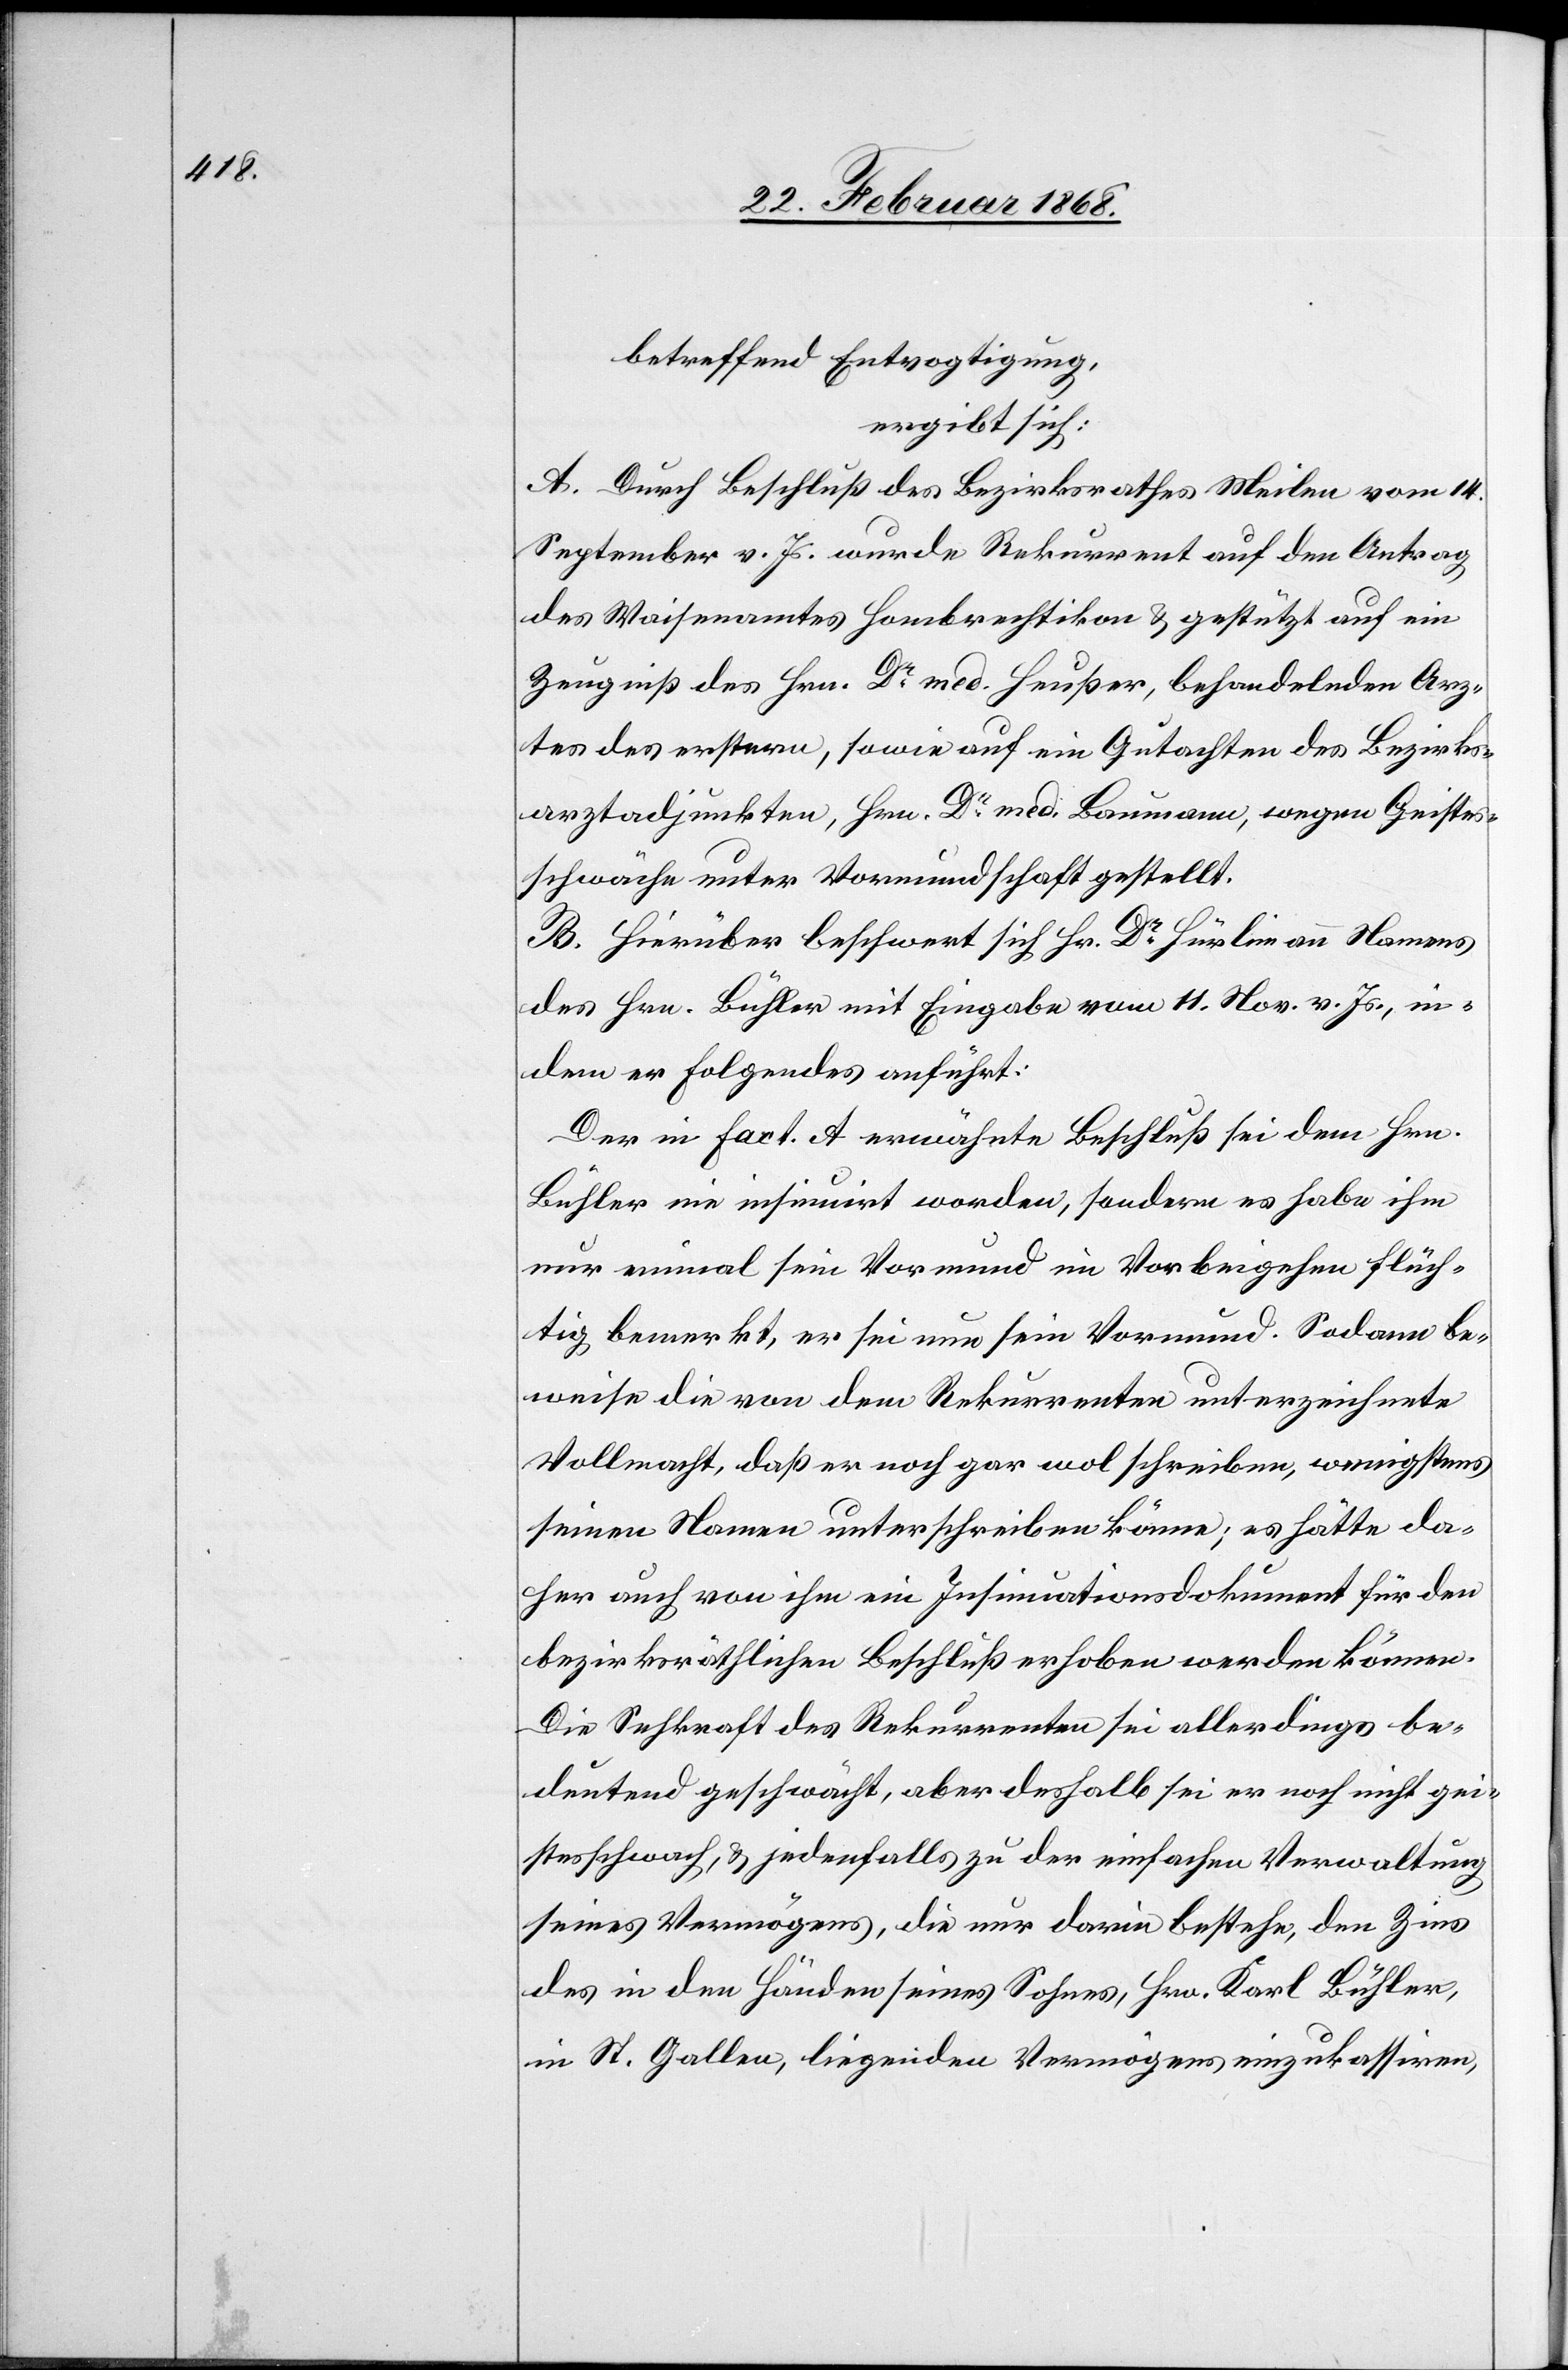
betreffend Entvogtigung,
ergibt sich:
A. Durch Beschluß des Bezirksrathes Meilen vom 14.
September v. Js. wurde Rekurrent auf den Antrag
des Waisenamtes Hombrechtikon & gestützt auf ein
Zeugniß des Hrn. Dr. med. Heußer, behandelnden Arz¬
tes des erstern, sowie auf ein Gutachten des Bezirks¬
arztadjunkten, Hrn. Dr. med. Baumann, wegen Geistes¬
schwäche unter Vormundschaft gestellt.
B. Hierüber beschwert sich Hr. Dr. Hürlimann Namens
des Hrn. Bühler mit Eingabe vom 11. Nov. v. Js., in¬
dem er Folgendes anführt:
Der in Fact. A erwähnte Beschluß sei dem Hrn.
Bühler nie insinuirt worden, sondern es habe ihm
nur einmal sein Vormund im Vorbeigehen flüch¬
tig bemerkt, er sei nun sein Vormund. Sodann be¬
weise die von dem Rekurrenten unterzeichnete
Vollmacht, daß er noch gar wol schreiben, wenigstens
seinen Namen unterschreiben könne; es hätte da¬
her auch von ihm ein Insinuationsdokument für den
bezirksräthlichen Beschluß erhoben werden können.
Die Sehkraft des Rekurrenten sei allerdings be¬
deutend geschwächt, aber deshalb sei er noch nicht gei¬
stesschwach, & jedenfalls zu der einfachen Verwaltung
seines Vermögens, die nur darin bestehe, den Zins
des in den Händen seines Sohnes, Hrn. Karl Bühler,
in St. Gallen, liegenden Vermögens einzukassiren,